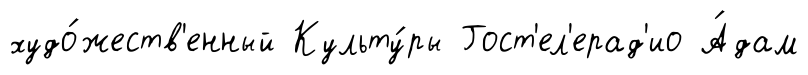
худо́жеств'енный Культу́ры Гост'ел'ерад'ио А́дам